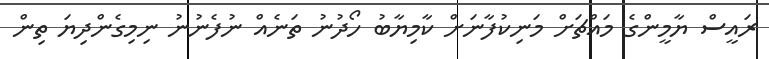
ރައީސް ޔާމީންގެ މައްޗަށް މަނިކުފާނަށް ކާމިޔާބު ހޯދުނު ތަނެއް ނުފެނުނު ނިމިގެންދިޔަ ތިން